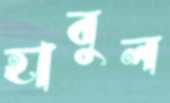
হাবুল